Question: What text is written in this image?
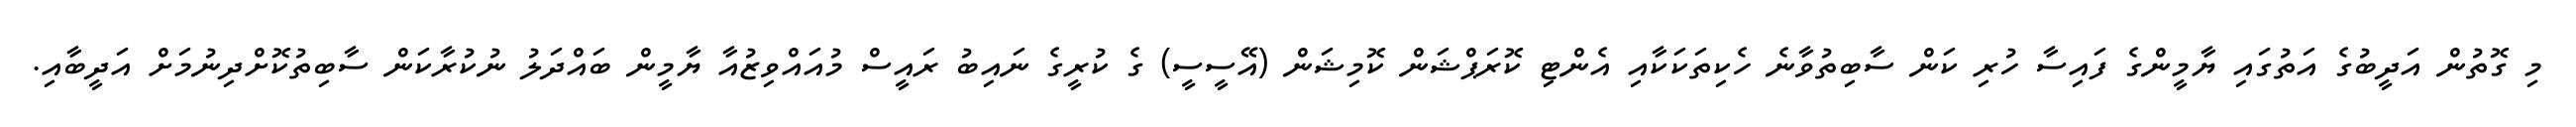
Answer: މި ގޮތުން އަދީބުގެ އަތުގައި ޔާމީންގެ ފައިސާ ހުރި ކަން ސާބިތުވާނެ ހެކިތަކަކާއި އެންޓި ކޮރަޕްޝަން ކޮމިޝަން (އޭސީސީ) ގެ ކުރީގެ ނައިބު ރައީސް މުއައްވިޒުއާ ޔާމީން ބައްދަލު ނުކުރާކަން ސާބިތުކޮށްދިނުމަށް އަދީބާއި.